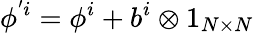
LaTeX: \phi^{'i}=\phi^{i}+b^{i}\otimes 1_{N\times N}